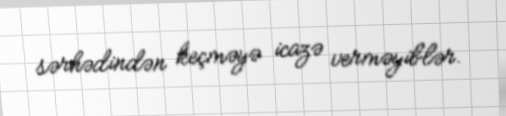
sərhədindən keçməyə icazə verməyiblər.